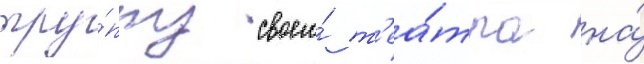
тру́ппу своего́ т'еа́тра на́